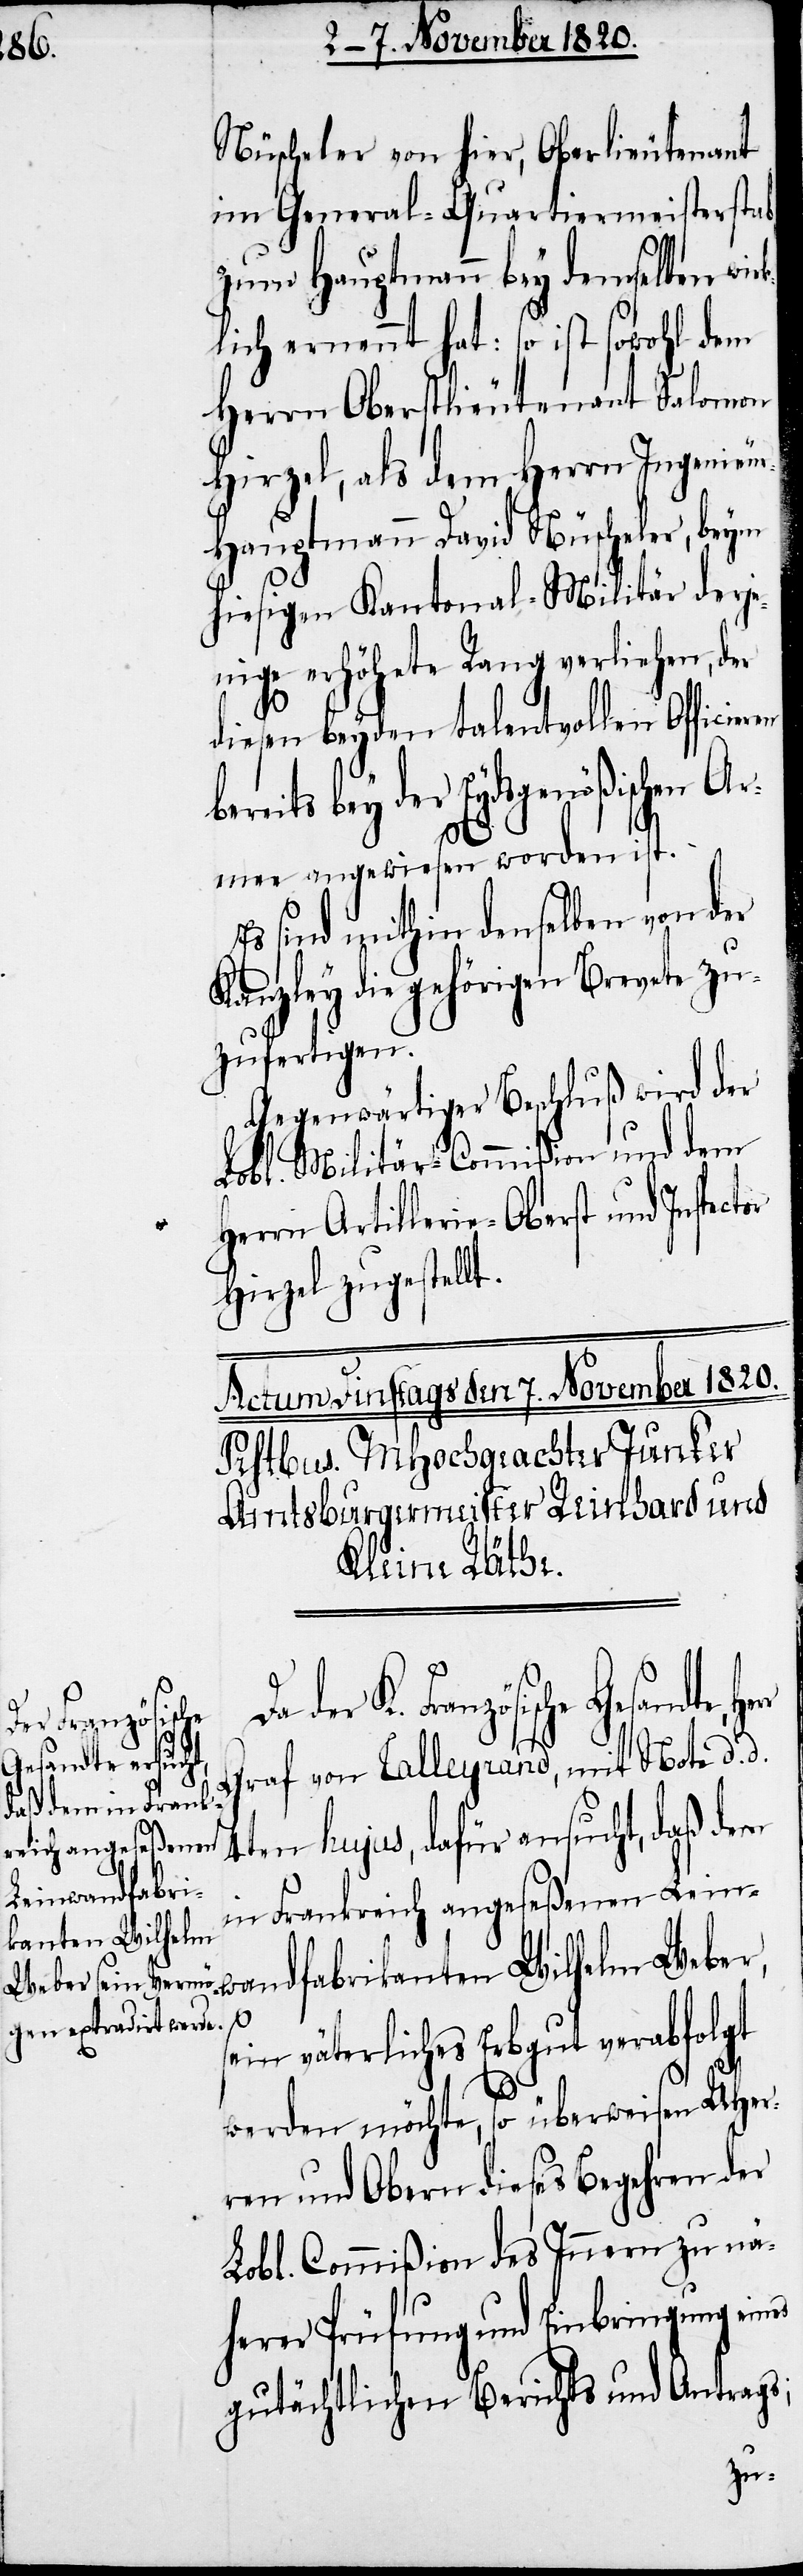
Nüscheler von hier, Oberlieutenant
im General-Quartiermeisterstab
zum Hauptmann bey denselben wir¬
lich ernennt hat: so ist sowohl dem
Herrn Oberstlieutenant Salomon
Hirzel, als dem Herrn Ingenieu¬
r-Hauptmann David Nüscheler, beym
hiesigen Kantonal-Militär derje¬
nige erhöhete Rang verliehen, der
diesen beyden talentvollen Officier¬
bereits bey der Eydsgenößischen Ar¬
d¬
mee angewiesen worden ist.
Es sind mithin denselben von der
Kanzley die gehörigen Brevete zu¬
zufertigen.
Gegenwärtiger Beschluß wird der
Lobl. Militär-Commißion und dem
Herrn Artillerie-Oberst und Inspect¬
Hirzel zugestellt.
er K. Französische Gesandte,
Graf von Talleyrand, mit Note d. d.
4ten hujus, dafür ansucht, daß dem
in Frankreich angeseßenen Lein¬
wandfabrikanten Wilhelm Weber,
s¬
ein väterliches Erbgut verabfolgt
or
werden möchte, so überweisen UHher¬
ren und Obern dieses Begehren der
Lobl. Commißion des Innern zu nä¬
herer Prüfung und Einbringung
gutächtlichen Berichts und Antrags;